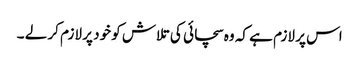
اس پر لازم ہے کہ وہ سچائی کی تلاش کو خود پر لازم کر لے ۔